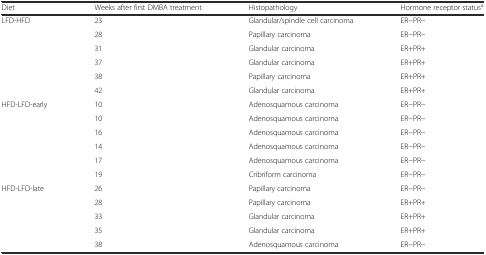
<table><thead><tr><td><b>Diet</b></td><td><b>Weeks after first DMBA treatment</b></td><td><b>Histopathology</b></td><td><b>Hormone receptor status<sup>a</sup></b></td></tr></thead><tbody><tr><td>LFD-HFD</td><td>23</td><td>Glandular/spindle cell carcinoma</td><td>ER−PR−</td></tr><tr><td></td><td>28</td><td>Papillary carcinoma</td><td>ER−PR−</td></tr><tr><td></td><td>31</td><td>Glandular carcinoma</td><td>ER+PR+</td></tr><tr><td></td><td>37</td><td>Glandular carcinoma</td><td>ER+PR+</td></tr><tr><td></td><td>38</td><td>Papillary carcinoma</td><td>ER+PR+</td></tr><tr><td></td><td>42</td><td>Glandular carcinoma</td><td>ER+PR+</td></tr><tr><td>HFD-LFD-early</td><td>10</td><td>Adenosquamous carcinoma</td><td>ER−PR−</td></tr><tr><td></td><td>10</td><td>Adenosquamous carcinoma</td><td>ER−PR−</td></tr><tr><td></td><td>16</td><td>Adenosquamous carcinoma</td><td>ER−PR−</td></tr><tr><td></td><td>14</td><td>Adenosquamous carcinoma</td><td>ER−PR−</td></tr><tr><td></td><td>17</td><td>Adenosquamous carcinoma</td><td>ER−PR−</td></tr><tr><td></td><td>19</td><td>Cribriform carcinoma</td><td>ER−PR−</td></tr><tr><td>HFD-LFD-late</td><td>26</td><td>Papillary carcinoma</td><td>ER−PR−</td></tr><tr><td></td><td>28</td><td>Papillary carcinoma</td><td>ER+PR+</td></tr><tr><td></td><td>33</td><td>Glandular carcinoma</td><td>ER+PR+</td></tr><tr><td></td><td>35</td><td>Glandular carcinoma</td><td>ER+PR+</td></tr><tr><td></td><td>38</td><td>Adenosquamous carcinoma</td><td>ER−PR−</td></tr></tbody></table>